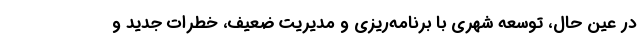
در عین حال، توسعه شهری با برنامه‌ریزی و مدیریت ضعیف، خطرات جدید و